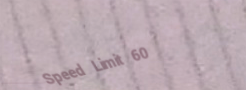
Speed Limit 60